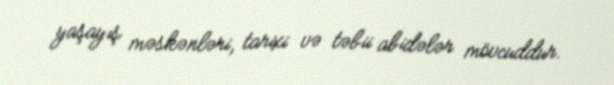
yaşayış məskənləri, tarixi və təbii abidələr mövcuddur.